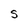
Character: S